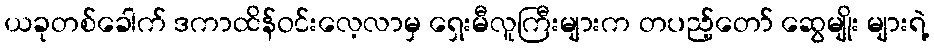
ယခုတစ်ခေါက် ဒကာထိန်ဝင်းလေ့လာမှ ရှေးမီလူကြီးများက တပည့်တော် ဆွေမျိုး များရဲ့